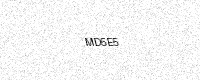
Text: MD5E5